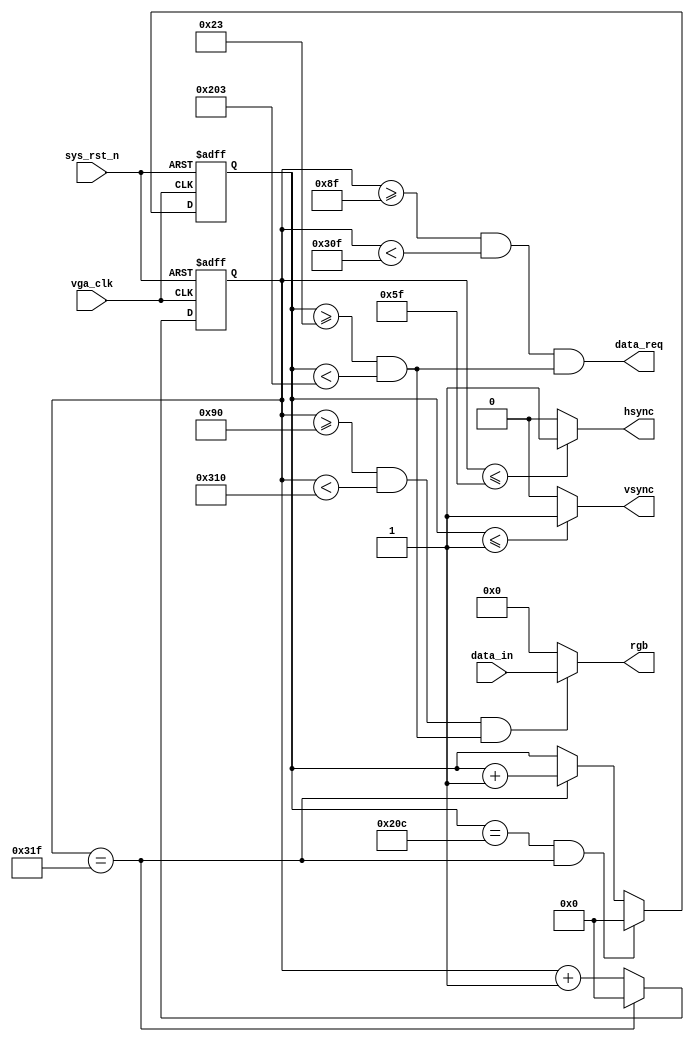
`timescale  1ns/1ns
////////////////////////////////////////////////////////////////////////
// Module Name   : vga_ctrl
// Project Name  : sd_vga_pic
// Target Devices: Altera EP4CE10F17C8N
// Tool Versions : Quartus 13.0
// Description   : VGA
//
// Revision      : V1.0
// Additional Comments:
// 
// : _Pro_FPGA
//     : http://www.embedfire.com
//     : http://www.firebbs.cn
//     : https://fire-stm32.taobao.com
////////////////////////////////////////////////////////////////////////

module  vga_ctrl
(
    input   wire            vga_clk     ,   //,25MHz
    input   wire            sys_rst_n   ,   //,
    input   wire    [15:0]  data_in     ,   //

    output  wire            data_req    ,   //
    output  wire            hsync       ,   //
    output  wire            vsync       ,   //
    output  wire    [15:0]  rgb             //
);

//********************************************************************//
//****************** Parameter and Internal Signal *******************//
//********************************************************************//

//parameter define
parameter   H_SYNC    = 11'd96  , //
            H_BACK    = 11'd40  , //
            H_LEFT    = 11'd8   , //
            H_VALID   = 11'd640 , //
            H_RIGHT   = 11'd8   , //
            H_FRONT   = 11'd8   , //
            H_TOTAL   = 11'd800 ; //
parameter   V_SYNC    = 11'd2   , //
            V_BACK    = 11'd25  , //
            V_TOP     = 11'd8   , //
            V_VALID   = 11'd480 , //
            V_BOTTOM  = 11'd8   , //
            V_FRONT   = 11'd2   , //
            V_TOTAL   = 11'd525 ; //

//wire  define
wire            rgb_valid     ; //VGA

//reg   define
reg   [10:0]     cnt_h       ; //
reg   [10:0]     cnt_v       ; //

//********************************************************************//
//***************************** Main Code ****************************//
//********************************************************************//

//cnt_h:
always@(posedge vga_clk or  negedge sys_rst_n)
    if(sys_rst_n == 1'b0)
        cnt_h <=  11'd0 ;
    else    if(cnt_h == (H_TOTAL-1'b1))
        cnt_h <=  11'd0 ;
    else
        cnt_h <=  cnt_h + 1'b1 ;

//hsync:
assign  hsync = (cnt_h <= H_SYNC-1) ? 1'b1 : 1'b0  ;

//cnt_v:
always@(posedge vga_clk or  negedge sys_rst_n)
    if(sys_rst_n == 1'b0)
        cnt_v <=  11'd0 ;
    else    if((cnt_v == V_TOTAL- 1'b1)&&(cnt_h == H_TOTAL - 1'b1))
        cnt_v <=  11'd0 ;
    else    if(cnt_h == H_TOTAL - 1'b1)
        cnt_v <=  cnt_v + 1'b1 ;
    else
        cnt_v <=  cnt_v ;

//vsync:
assign  vsync = (cnt_v <= V_SYNC - 1'b1) ? 1'b1 : 1'b0  ;

//data_valid:
assign  rgb_valid = ((cnt_h >= (H_SYNC + H_BACK + H_LEFT)) && (cnt_h < (H_SYNC + H_BACK + H_LEFT + H_VALID)))
                    &&((cnt_v >= (V_SYNC + V_BACK + V_TOP)) && (cnt_v < (V_SYNC + V_BACK + V_TOP + V_VALID)));
//data_req:
assign  data_req = ((cnt_h >= (H_SYNC + H_BACK + H_LEFT) - 1'b1) && (cnt_h < ((H_SYNC + H_BACK + H_LEFT + H_VALID) - 1'b1)))
                    &&((cnt_v >= ((V_SYNC + V_BACK + V_TOP))) && (cnt_v < ((V_SYNC + V_BACK + V_TOP + V_VALID))));

//rgb:
assign  rgb = (rgb_valid == 1'b1) ? data_in : 16'b0 ;

endmodule